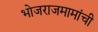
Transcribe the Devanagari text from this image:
भोजराजमामांची